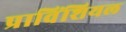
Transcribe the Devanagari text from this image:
प्राविंशियल